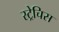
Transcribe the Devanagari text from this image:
स्ट्रेचिस